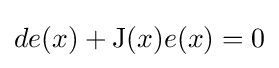
de(x)+\operatorname {J} (x)e(x)=0